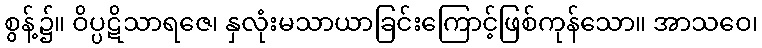
စွန့်၌။ ဝိပ္ပဋိသာရဇေ၊ နှလုံးမသာယာခြင်းကြောင့်ဖြစ်ကုန်သော။ အာသဝေ၊